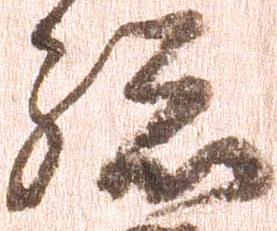
孫